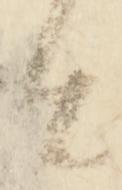
由